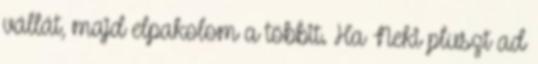
vállát, majd elpakolom a többit. Ha Neki pluszt ad